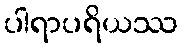
ပါရာပရိယဿ